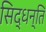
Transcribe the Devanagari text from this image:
सिद्धन्ति